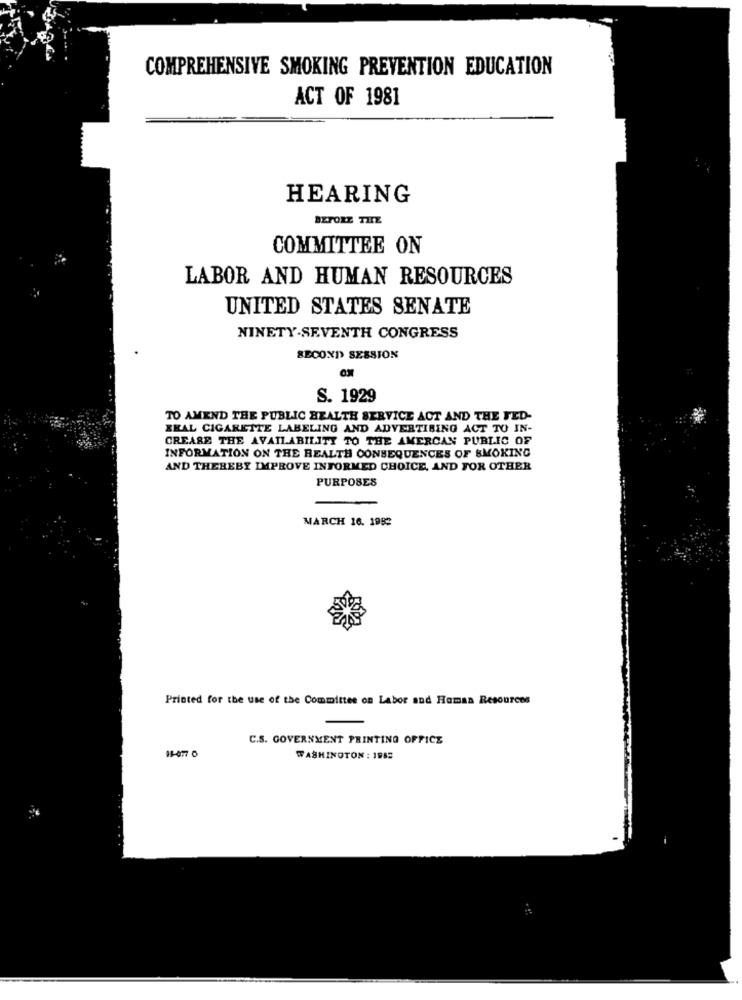
COMPREHENSIVE SMOKING PREVENTION EDUCATION
ACT OF 1981
HEARING
BEFORE TITE
COMMITTEE ON
LABOR AND HUMAN RESOURCES
UNITED STATES SENATE
NINETY-SEVENTH CONGRESS
SECOXIS SESSION
S. 1929
TO AMEND THE PUBLIC HEALTH SERVICE ACT AND THE FED-
XKAL CIGARETTE LABELING AND ADVERTISING ACT TO IN-
CREARE THE AVAILABILITY TO THE AMERCAN PUBLIC OF
INFORMATION ON THE REALTH CONSEQUENCES OF SMOKING
AND THEREBY IMPROVE INFORMED CHOICE, AND FOR OTHER
PURPOSES
MARCH 16. 1982
Printed for the use of the Committee on Labor and Human Resources
C.S. GOVERNMENT PRINTING OFFICE
WASHINGTON : 1982